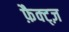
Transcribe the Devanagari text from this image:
फ़ैक्ट्ज़